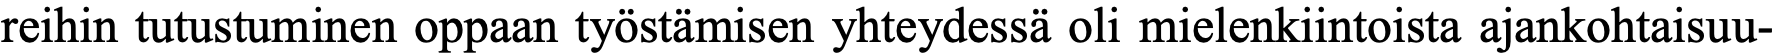
reihin tutustuminen oppaan työstämisen yhteydessä oli mielenkiintoista ajankohtaisuu-